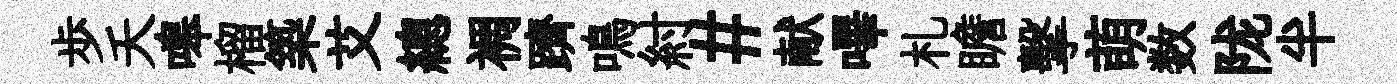
歩夭嗥榴築艾總裯躋鳴紂#献嗶札瞻擊萌数陇半